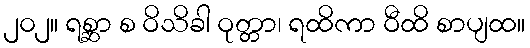
၂၀၂။ ရစ္ဆာ စ ဝိသိခါ ဝုတ္တာ၊ ရထိကာ ဝီထိ စာပျထ။